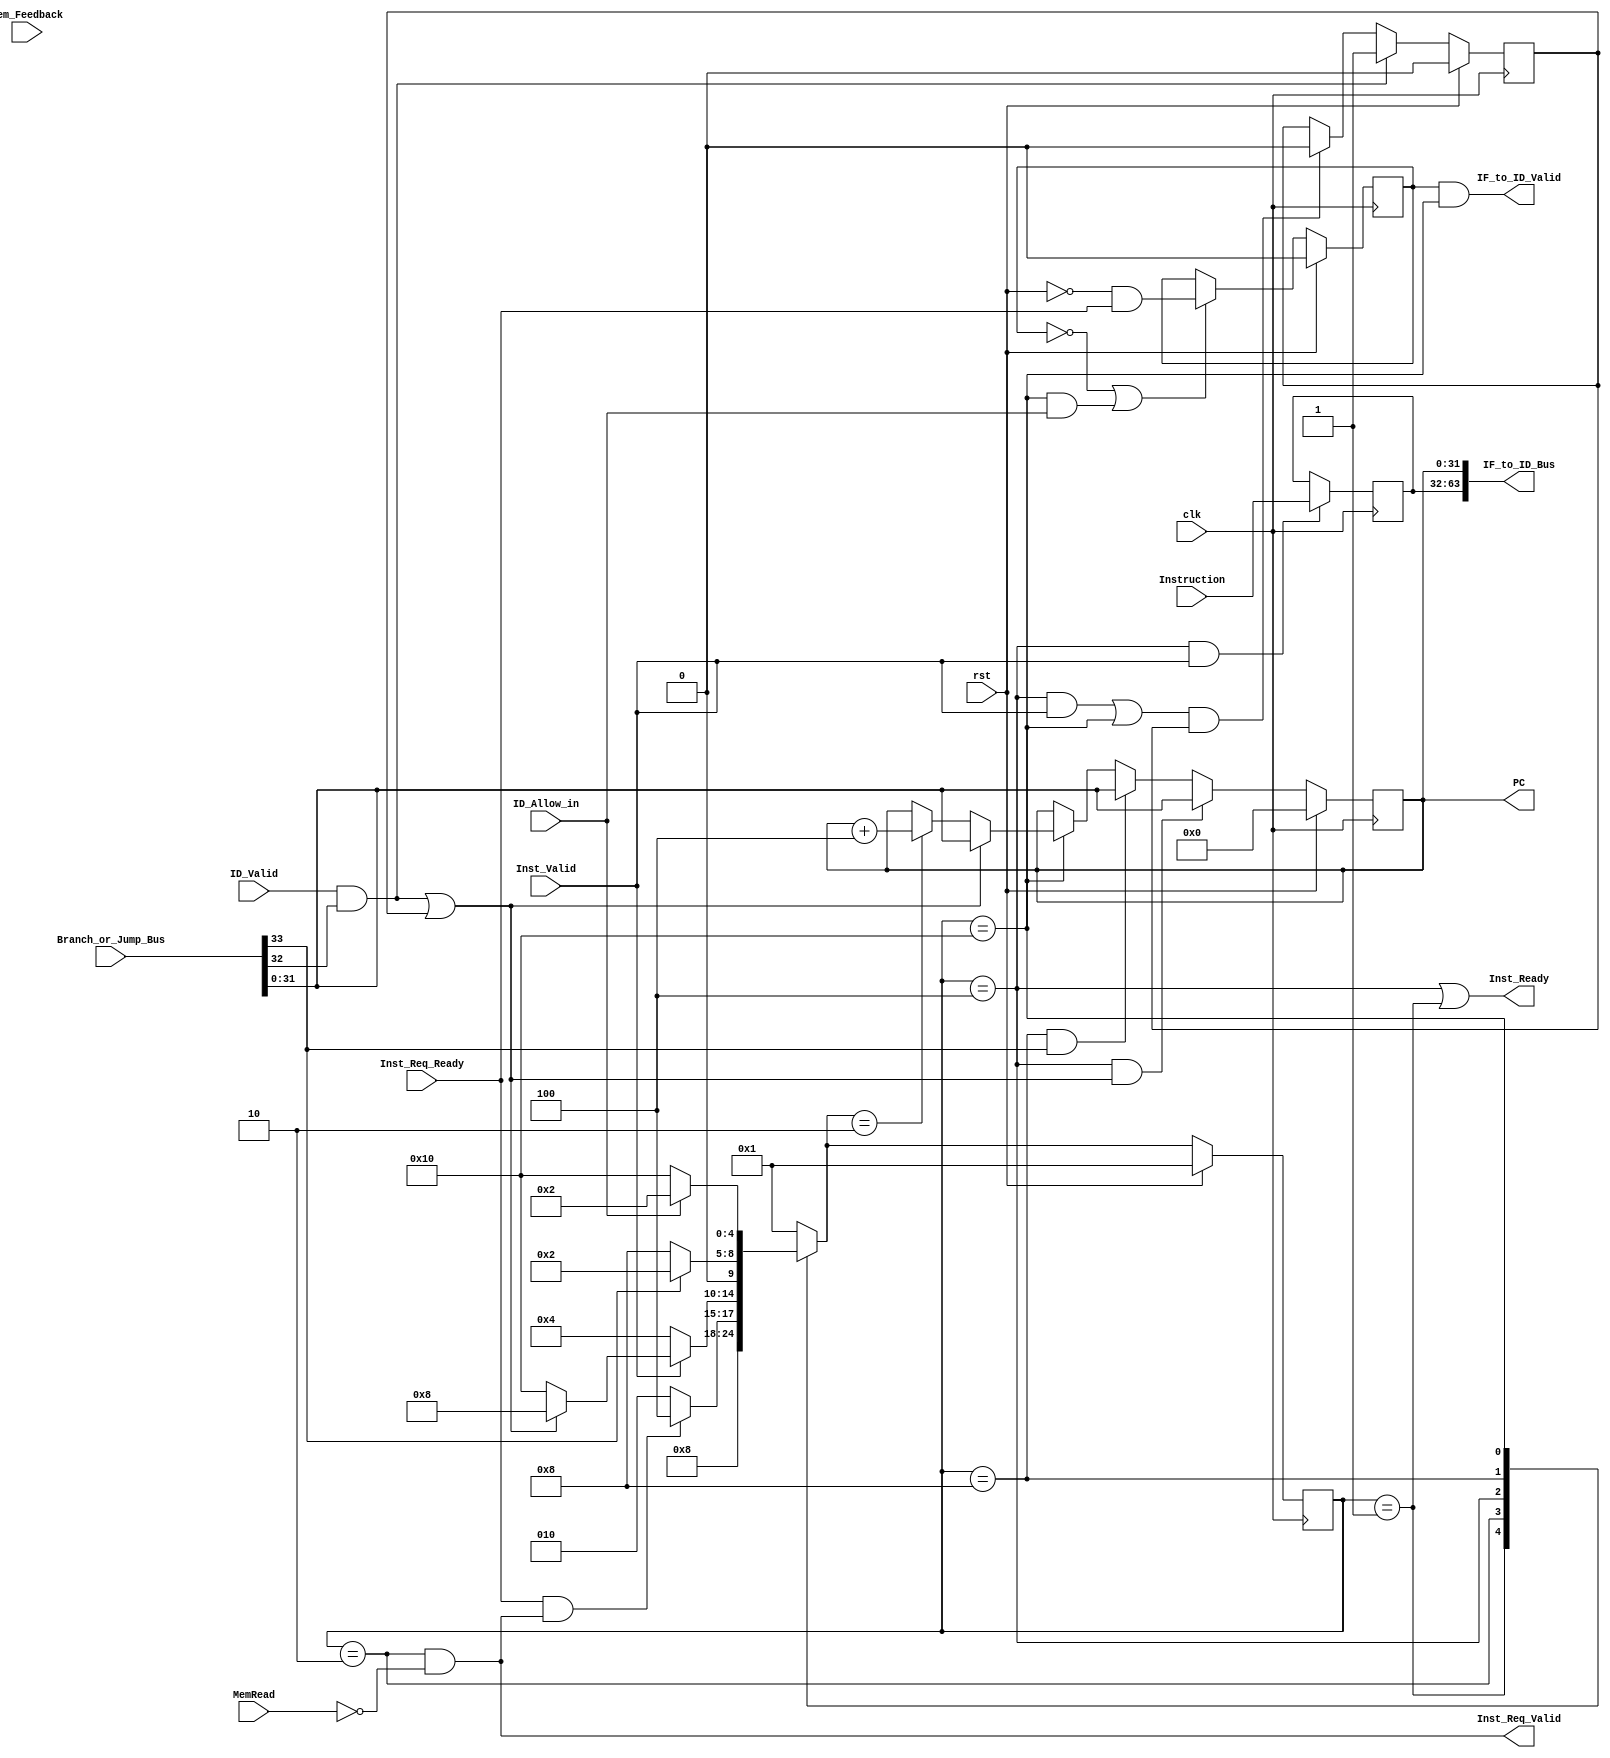
`define Branch_or_Jump_BUS_WD  34
`define IF_TO_ID_BUS_WD  64

module IF_State(
        input                                    clk,
        input                                    rst,
        //block signals
        input                                    ID_Allow_in,
        //branch or jump signals
        input  [`Branch_or_Jump_BUS_WD - 1:0]    Branch_or_Jump_Bus,
        input                                    ID_Valid,
        //to id
        output                                   IF_to_ID_Valid,
        output [`IF_TO_ID_BUS_WD - 1:0]          IF_to_ID_Bus,
        //memory interface
        //Instruction request channel
        output reg [31:0]                        PC,
        output                                   Inst_Req_Valid,
        input                                    Inst_Req_Ready,
        //Instruction response channel
        input  [31:0]                            Instruction,
        input                                    Inst_Valid,
        output                                   Inst_Ready,
        //for BHV_SIM
        input                                    MemRead,
        input                                    Mem_Feedback
);
//
        //HandShake Signal
        reg         IF_Valid;
        wire        IF_Ready;
        wire        IF_Allow_in;
        wire        to_IF_Valid;
        
        //PC
        wire [31:0] PC_abnormal;
        reg  [31:0] IF_PC;
        wire [31:0] IF_Instruction;
        
        //Branch or Jump
        wire        Branch_or_Jump; 
        reg         Branch_or_Jump_reg;
        reg         Branch_or_Jump_temp;
        wire        Branch_or_Jump_Valid;
        
        //FSM
        reg [4:0] current_state;
        reg [4:0] next_state;

        localparam INIT = 5'b00001;
        localparam IF =   5'b00010;
        localparam IW =   5'b00100;
        localparam TEMP = 5'b01000;
        localparam DONE = 5'b10000;

        //IR
        reg [31:0] IR;


//
        //FSM
        always @ (posedge clk) begin
		if (rst)
			current_state <= INIT;
		else
			current_state <= next_state;
	end


	/* FSM 2 */
	always @ (*) begin
		case (current_state)
                        INIT:
                                next_state = IF;
                        IF:
                                if (Inst_Req_Ready & Inst_Req_Valid) //
                                        next_state = IW;
                                else
                                        next_state = IF;
                        IW:
                                if (Inst_Valid) begin
                                        if (ID_Valid && Branch_or_Jump || Branch_or_Jump_reg)
                                                /* Branch will happen */
                                                next_state = TEMP;
                                        else
                                                next_state = DONE;
                                end
                                else begin
                                        next_state = IW;
                                end
                        TEMP:
                                if(Branch_or_Jump_Valid) begin
                                        next_state = IF;
                                end
                                else    
                                        next_state = TEMP;
                        DONE:	begin	
                                        if(ID_Allow_in) begin
                                                next_state = IF;        
                                        end
                                        else begin
                                                next_state = DONE;
                                        end
                                end
                        default:        next_state = INIT;
		endcase
	end


        //PC
        always @ (posedge clk) begin
		if (rst)
			PC <= 32'd0;
		else if (current_state == IW
			&& (ID_Valid && Branch_or_Jump || Branch_or_Jump_reg))
			        PC <= PC_abnormal;
                else if(current_state == TEMP & Branch_or_Jump_Valid)
                                PC <= PC_abnormal;
		else if (current_state == DONE) begin
			if (ID_Valid && Branch_or_Jump || Branch_or_Jump_reg)
				PC <= PC_abnormal;  /* Branch */
			else if (next_state == IF) begin
				PC <= PC + 32'd4;
                        end
		end
	end


        //IR
        always @ (posedge clk) begin
		if (current_state == IW && Inst_Valid)
			IR <= Instruction;
	end


        //Branch_or_Jump_reg
	always @ (posedge clk) begin
		if (rst) begin		
			Branch_or_Jump_reg <= 0;
                end
		else if (ID_Valid && Branch_or_Jump) begin
			Branch_or_Jump_reg <= 1;
                end
		else if (((current_state == IW) & Inst_Valid
			| current_state == DONE) && Branch_or_Jump_reg) begin 
			        Branch_or_Jump_reg <= 0;
                        end
	end


        //IF_PC
        always @(posedge clk) begin
                if(rst) begin
                        IF_PC <= 32'hfffffffc;
                end
                else if(Inst_Req_Valid & Inst_Req_Ready) begin
                        IF_PC <= PC;
                end
        end

        
        //IF_Valid
        always @(posedge clk) begin
                if(rst) begin
                        IF_Valid <= 1'b0;
                end
                else if(IF_Allow_in) begin
                        IF_Valid <= to_IF_Valid & Inst_Req_Ready;
                end
        end
        


//
        //Branch or Jump
        assign {Branch_or_Jump_Valid, Branch_or_Jump, PC_abnormal}   = Branch_or_Jump_Bus;

        //IF
        assign to_IF_Valid                     = ~rst;

        //
        assign Inst_Req_Valid = (current_state == IF) & ~MemRead; //
	assign Inst_Ready = (current_state == IW || current_state == INIT);

        //HandShake Signals (IF <-> ID)
        assign IF_Ready    = (current_state == DONE); //
        assign IF_Allow_in     = !IF_Valid || IF_Ready && ID_Allow_in;  //IFID
        assign IF_to_ID_Valid = IF_Valid & IF_Ready; //IF
        
        //DataPath (IF --> ID)
        assign IF_Instruction = IR;
        assign IF_to_ID_Bus = {IF_Instruction, PC};


endmodule